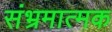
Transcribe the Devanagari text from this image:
संभ्रमात्मक